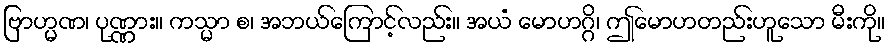
ဗြာဟ္မဏ၊ ပုဏ္ဏား။ ကသ္မာ စ၊ အဘယ်ကြောင့်လည်း။ အယံ မောဟဂ္ဂိ၊ ဤမောဟတည်းဟူသော မီးကို။